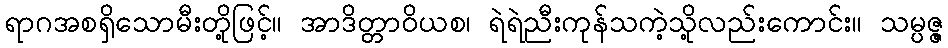
ရာဂအစရှိသောမီးတို့ဖြင့်။ အာဒိတ္တာဝိယစ၊ ရဲရဲညီးကုန်သကဲ့သို့လည်းကောင်း။ သမ္ပဇ္ဇ